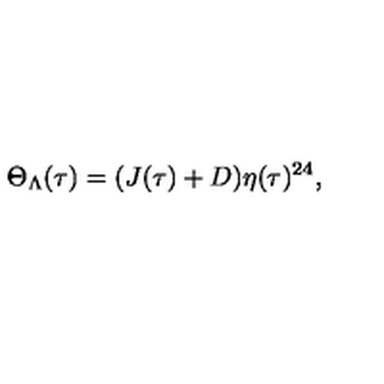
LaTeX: \Theta _ { \Lambda } ( \tau ) = ( J ( \tau ) + D ) \eta ( \tau ) ^ { 2 4 } ,